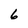
Character: 6